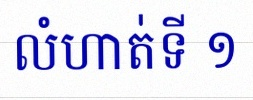
លំហាត់ទី ១